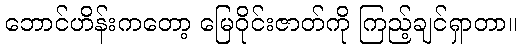
ဘောင်ဟိန်းကတော့ မြေဝိုင်းဇာတ်ကို ကြည့်ချင်ရှာတာ။